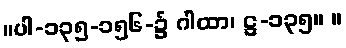
။ပါ-၁၃၅-၁၅၆-၌ ဂါထာ၊ ဋ္ဌ-၁၃၅။ ။